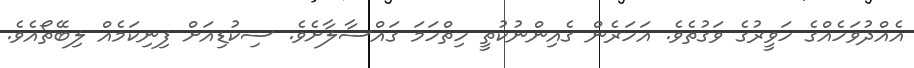
އެއްދުވަހެއްގެ ހަވީރުގެ ވަގުތެވެ. އަހަރެން ގެއިންނުކުތީ ހިތްހަމަ ގައްސާލާށެވެ. ސިކުޑިއަށް ފިނިކަމެއް ލިބޭތޯއެވެ.